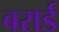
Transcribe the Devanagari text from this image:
बरार्ड